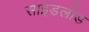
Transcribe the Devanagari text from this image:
साइडलोड